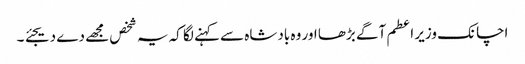
اچانک وزیر اعطم آگے بڑھا اور وہ بادشاہ سے کہنے لگا کہ یہ شخص مجھے دے دیجئے ۔